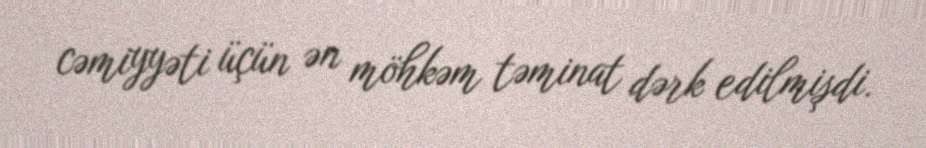
cəmiyyəti üçün ən möhkəm təminat dərk edilmişdi.